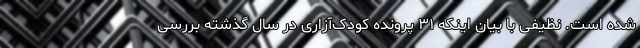
شده است. نظیفی با بیان اینکه ۳۱ پرونده کودک‌آزاری در سال گذشته بررسی